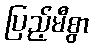
ပြည့်မီစွာ